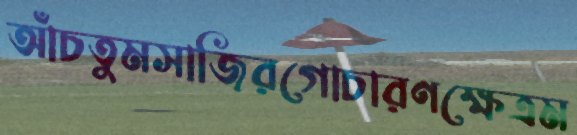
আঁচতুমসাজিরগোচারণক্ষেত্রম